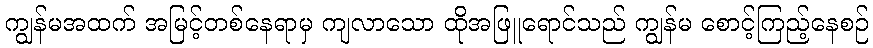
ကျွန်မအထက် အမြင့်တစ်နေရာမှ ကျလာသော ထိုအဖြူရောင်သည် ကျွန်မ စောင့်ကြည့်နေစဉ်